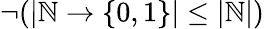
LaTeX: \neg(|{\mathbb{N}}\to\{ 0,1\} |\leq|{\mathbb{N}}|)